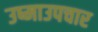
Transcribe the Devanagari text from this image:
उष्माउपचार